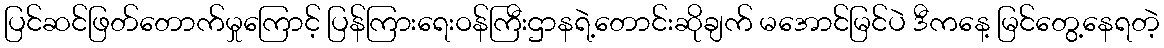
ပြင်ဆင်ဖြတ်တောက်မှုကြောင့် ပြန်ကြားရေးဝန်ကြီးဌာနရဲ့တောင်းဆိုချက် မအောင်မြင်ပဲ ဒီကနေ့ မြင်တွေ့နေရတဲ့